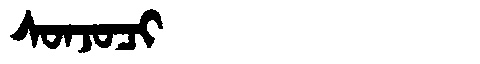
Manchu: ᠰᠣᠨᠵᠣᠴᡳ
Romanization: SONJOCI